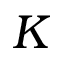
K